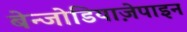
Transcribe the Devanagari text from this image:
बेन्जोडियाज़ेपाइन